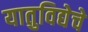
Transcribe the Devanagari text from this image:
यातुविद्येचे